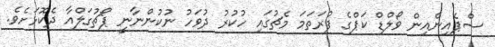
ސްޕެއިންއިން ވޯލްޑް ކަޕްގެ ފުރަތަމަ މެޗުގައި ހުކުރު ދުވަހު ނުކުންނާނީ ޕޯޗުގަލްއާ ދެކޮޅަށެވެ.